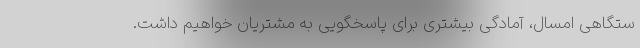
ستگاهی امسال، آمادگی بیشتری برای پاسخگویی به مشتریان خواهیم داشت.